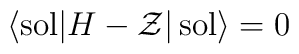
\langle {\rm sol}|H-{\cal Z}|\,{\rm sol}\rangle=0